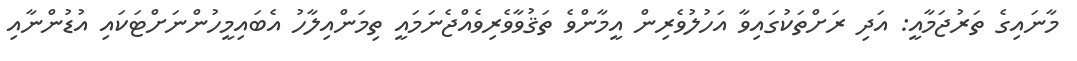
މާނައިގެ ތަރުޖަމާއީ: އަދި ރަށްތަކުގައިވާ އަހުލުވެރިން އީމާންވެ ތަޤުވާވެރިވެއްޖެނަމައީ ތިމަންއިލާހު އެބައިމީހުންނަށްޓަކައި އުޑުންނާއި